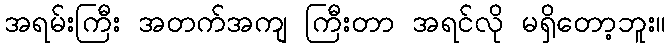
အရမ်းကြီး အတက်အကျ ကြီးတာ အရင်လို မရှိတော့ဘူး။